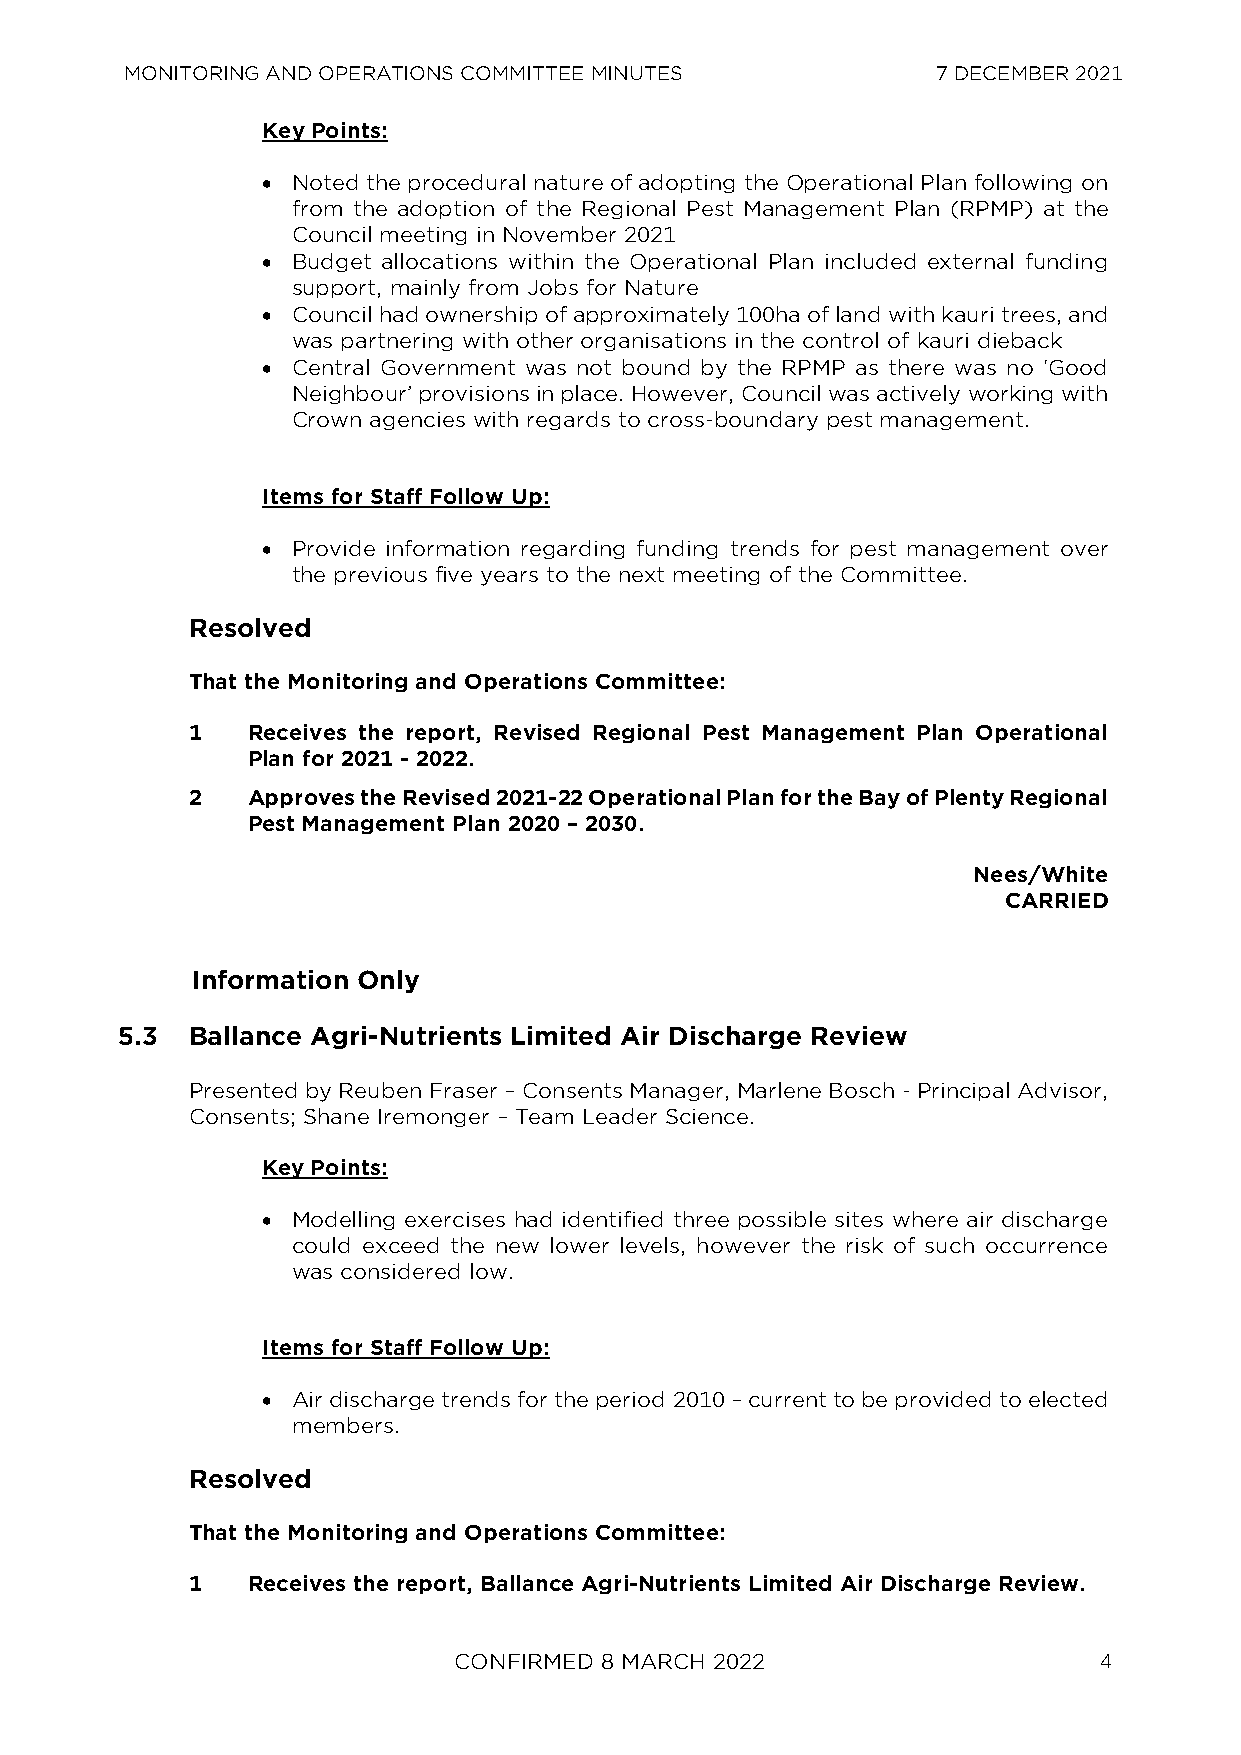
MONITORING AND OPERATIONS COMMITTEE MINUTES           7 DECEMBER 2021
 Key Points:
 • Noted the procedural nature of adopting the Operational Plan following on
 from the adoption of the Regional Pest Management Plan (RPMP) at the
 Council meeting in November 2021
 • Budget allocations within the Operational Plan included external funding
 support, mainly from Jobs for Nature
 • Council had ownership of approximately 100ha of land with kauri trees, and
 was partnering with other organisations in the control of kauri dieback
 • Central Government was not bound by the RPMP as there was no ‘Good
 Neighbour’ provisions in place. However, Council was actively working with
 Crown agencies with regards to cross-boundary pest management.
 Items for Staff Follow Up:
 • Provide information regarding funding trends for pest management over
 the previous five years to the next meeting of the Committee.
 Resolved
 That the Monitoring and Operations Committee:
 1   Receives the report, Revised Regional Pest Management Plan Operational
 Plan for 2021 - 2022.
 2   Approves the Revised 2021-22 Operational Plan for the Bay of Plenty Regional
 Pest Management Plan 2020 – 2030.
 Nees/White
 CARRIED
 Information Only
 5.3 Ballance Agri-Nutrients Limited Air Discharge Review
 Presented by Reuben Fraser – Consents Manager, Marlene Bosch - Principal Advisor,
 Consents; Shane Iremonger – Team Leader Science.
 Key Points:
 • Modelling exercises had identified three possible sites where air discharge
 could exceed the new lower levels, however the risk of such occurrence
 was considered low.
 Items for Staff Follow Up:
 • Air discharge trends for the period 2010 – current to be provided to elected
 members.
 Resolved
 That the Monitoring and Operations Committee:
 1   Receives the report, Ballance Agri-Nutrients Limited Air Discharge Review.
 CONFIRMED 8 MARCH 2022                     4